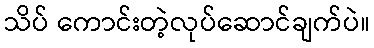
သိပ် ကောင်းတဲ့လုပ်ဆောင်ချက်ပဲ။